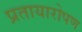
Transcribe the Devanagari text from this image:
प्रतायारोपण